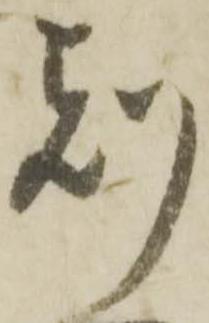
刻